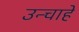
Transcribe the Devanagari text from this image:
उन्चाहे